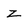
Character: z